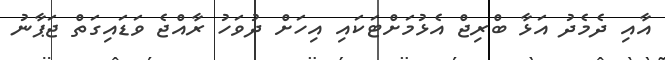
އާއި ދެމެދު އަޅާ ބްރިޖް އެޅުމަށްޓަަކައި އިހަށް ދުވަހު ރާއްޖެ ވަޑައިގަތް ޖަޕާނު